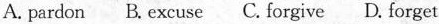
A. pardon B. Excuse C. Forgive D. Forget